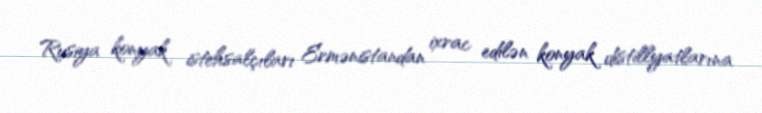
Rusiya konyak istehsalçıları Ermənistandan ixrac edilən konyak distillyatlarına